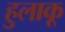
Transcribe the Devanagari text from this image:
हुलाकू